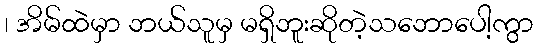
၊ အိမ်ထဲမှာ ဘယ်သူမှ မရှိဘူးဆိုတဲ့သဘောပေါ့ကွာ